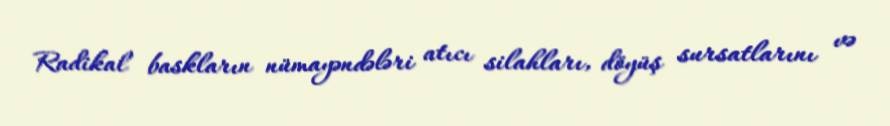
Radikal baskların nümayəndələri atıcı silahları, döyüş sursatlarını və